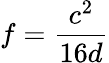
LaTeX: f={\frac{c^{2}}{16d}}